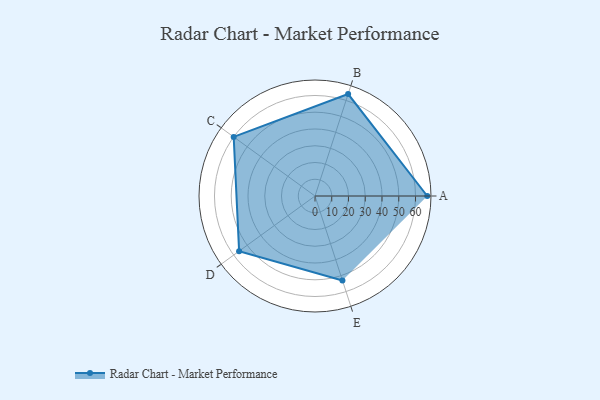
{"axis": {"x": "Skill", "y": "Score"}, "legend": ["Profile"], "data": [{"x": "A", "y": 67.0, "type": "Profile"}, {"x": "B", "y": 64.0, "type": "Profile"}, {"x": "C", "y": 60.0, "type": "Profile"}, {"x": "D", "y": 56.0, "type": "Profile"}, {"x": "E", "y": 53.0, "type": "Profile"}]}